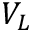
V _ { L }